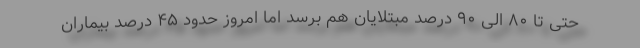
حتی تا ۸۰ الی ۹۰ درصد مبتلایان هم برسد اما امروز حدود ۴۵ درصد بیماران